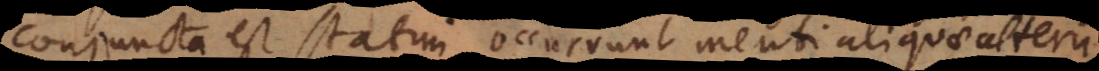
conjuncta est statim occurrunt menti aliquae alteru